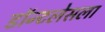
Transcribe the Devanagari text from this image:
डॉन्टलेसला